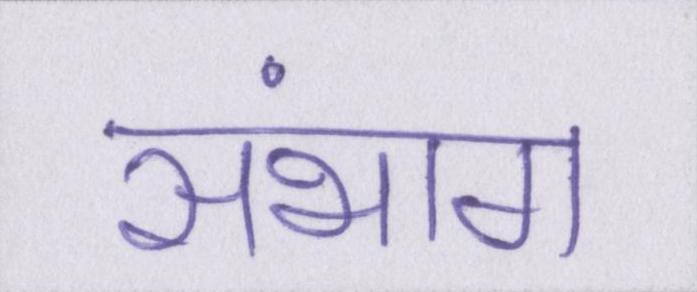
संभाग